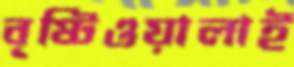
বৃষ্টিওয়ালাই